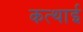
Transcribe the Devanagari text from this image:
कत्थाई